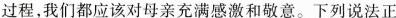
过程，我们都应该对母亲充满感激和敬意。下列说法正